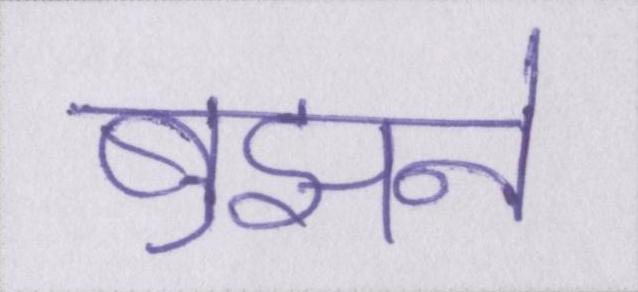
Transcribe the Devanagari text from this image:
बुझने